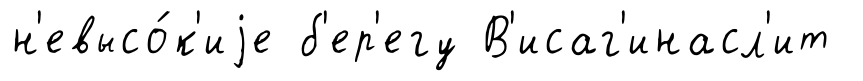
н'евысо́к'иjе б'ер'егу В'исаг'инасл'ит